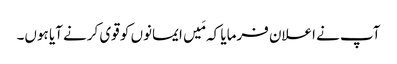
آپ نے اعلان فرمایا کہ مَیں ایمانوں کو قوی کرنے آیا ہوں۔